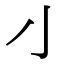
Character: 𰍧